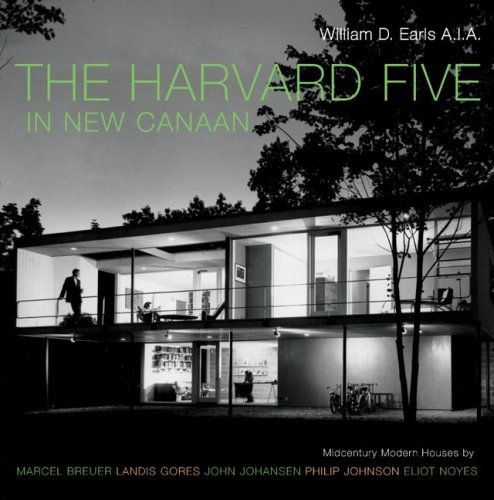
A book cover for The Harvard Five in New Canaan: Midcentury Modern Houses by Marcel Breuer, Landis Gores, John Johansen, Philip Johnson, Eliot Noyes, and Others; William D. Earls; Reference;